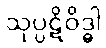
သုပ္ပဋိဝိဒ္ဓါ